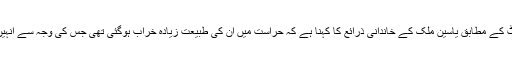
ایسوشیٹڈ پریس کی رپورٹ کے مطابق یاسین ملک کے خاندانی ذرائع کا کہنا ہے کہ حراست میں ان کی طبیعت زیادہ خراب ہوگئی تھی جس کی وجہ سے انہیں آئی سی یو منتقل کیا گیا۔